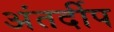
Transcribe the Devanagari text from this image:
अंतर्दीप